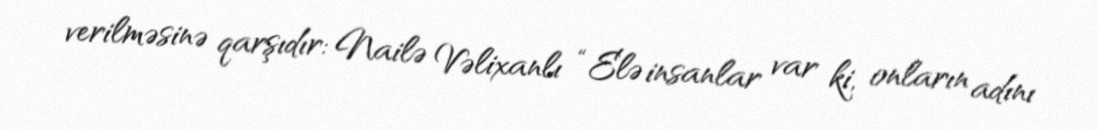
verilməsinə qarşıdır: Nailə Vəlixanlı “Elə insanlar var ki, onların adını